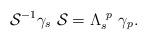
LaTeX: \begin{align*}{\cal S}^{-1} \gamma_{s}~{\cal S}= \Lambda_{s}^{~p} ~\gamma_{p}.\end{align*}